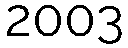
2003